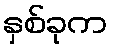
နှစ်ခုက